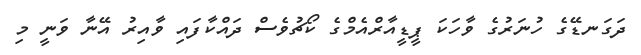
ދަގަނޑޭގެ ހުނަރުގެ ވާހަކަ ޕީޑީއާރްއެމްގެ ކޯޗުވެސް ދައްކާފައި ވާއިރު އޭނާ ވަނީ މި